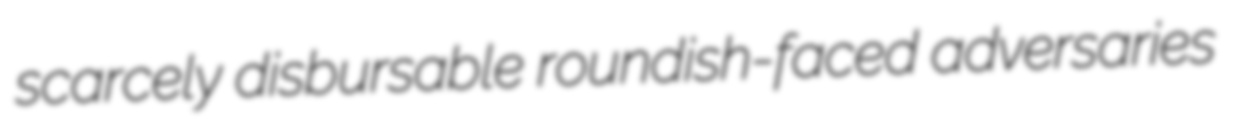
scarcely disbursable roundish-faced adversaries